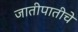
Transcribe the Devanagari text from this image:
जातीपातीचे